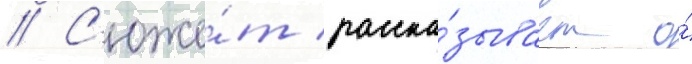
// С'юже́т расска́зывает о́